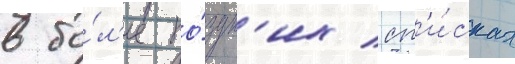
в бо́л'ее по́здн'их сп'и́сках